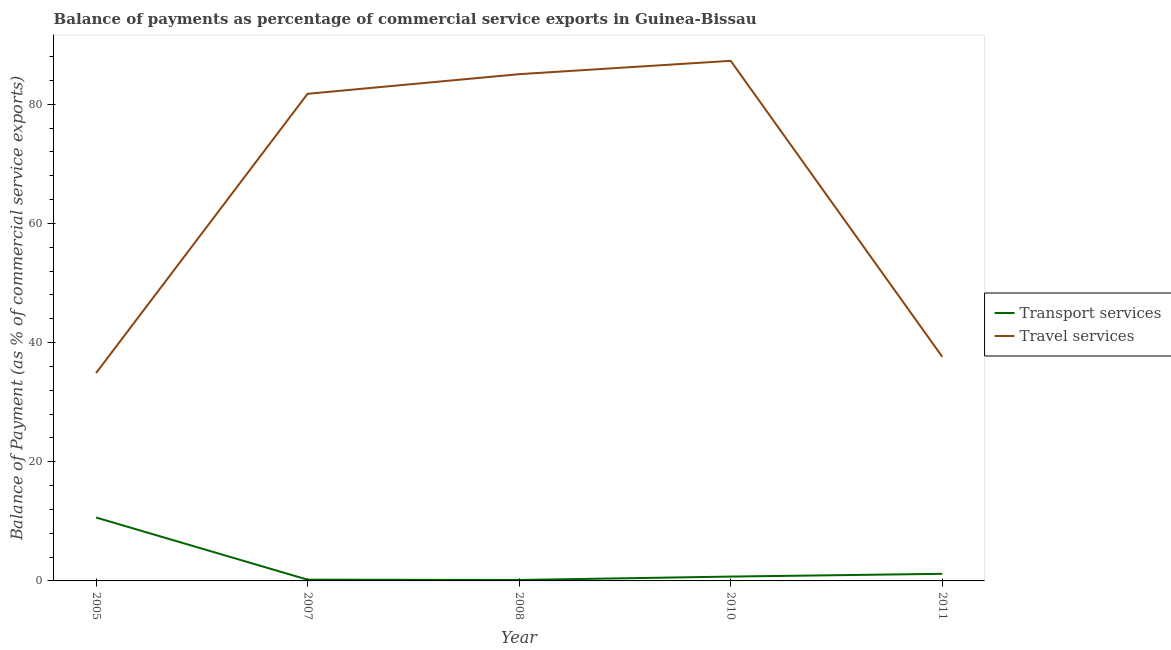
| Year | Transport services | Travel services |
 | --- | --- | --- |
 | 2005 | 10.6 | 34.9 |
 | 2007 | 0.21 | 81.7 |
 | 2008 | 0.16 | 85 |
 | 2010 | 0.73 | 87.3 |
 | 2011 | 1.19 | 37.6 |